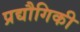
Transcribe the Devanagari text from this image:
प्रद्यौगिकी